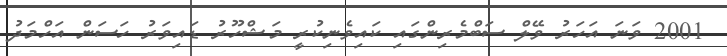
2001 ވަނަ އަހަރު ވޭލް ސަބްމެރިންގައި ކައިވެނިކުރީ މަޝްހޫރު ޑައިވަރު ހަސަން އަހްމަދު